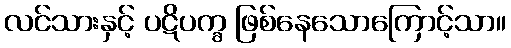
လင်သားနှင့် ပဋိပက္ခ ဖြစ်နေသောကြောင့်သာ။